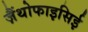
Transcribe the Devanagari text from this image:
ज़ैंथोफाइसिई